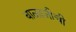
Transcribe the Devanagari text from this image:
बाळाजीची